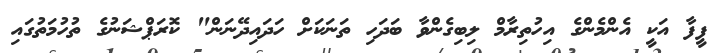
ފީފާ އަކީ އެންމެންގެ އިހުތިރާމް ލިބިގެންވާ ބަދަހި ތަނަކަށް ހަދައިދޭނަން" ކޮރަޕްޝަނުގެ ތުހުމަތުގައި